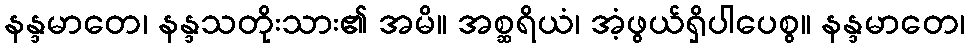
နန္ဒမာတေ၊ နန္ဒသတိုးသား၏ အမိ။ အစ္ဆရိယံ၊ အံ့ဖွယ်ရှိပါပေစွ။ နန္ဒမာတေ၊